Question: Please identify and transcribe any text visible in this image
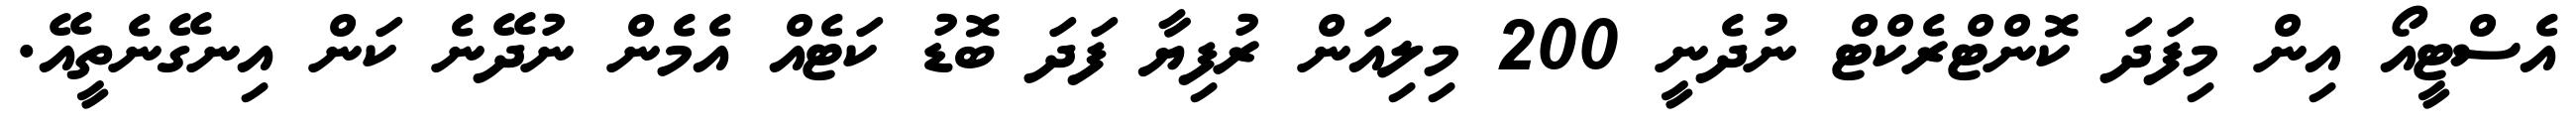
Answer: އެސްޓީއޯ އިން މިފަދަ ކޮންޓްރެކްޓް ނުދެނީ 200 މިލިއަން ރުފިޔާ ފަދަ ބޮޑު ކަޓެއް އެމެން ނުދޭނެ ކަން އިނގޭނެތީއޭ.